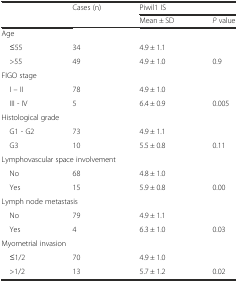
<table><thead><tr><td rowspan="2"></td><td rowspan="2"><b>Cases (n)</b></td><td colspan="2"><b>Piwil1 IS</b></td></tr><tr><td><b>Mean ± SD</b></td><td><b><i>P</i> value</b></td></tr></thead><tbody><tr><td colspan="4">Age</td></tr><tr><td> ≤55</td><td>34</td><td>4.9 ± 1.1</td><td></td></tr><tr><td> &gt;55</td><td>49</td><td>4.9 ± 1.0</td><td>0.9</td></tr><tr><td colspan="4">FIGO stage</td></tr><tr><td> I – II</td><td>78</td><td>4.9 ± 1.0</td><td></td></tr><tr><td> III - IV</td><td>5</td><td>6.4 ± 0.9</td><td>0.005</td></tr><tr><td colspan="4">Histological grade</td></tr><tr><td> G1 - G2</td><td>73</td><td>4.9 ± 1.1</td><td></td></tr><tr><td> G3</td><td>10</td><td>5.5 ± 0.8</td><td>0.11</td></tr><tr><td colspan="4">Lymphovascular space involvement</td></tr><tr><td> No</td><td>68</td><td>4.8 ± 1.0</td><td></td></tr><tr><td> Yes</td><td>15</td><td>5.9 ± 0.8</td><td>0.00</td></tr><tr><td colspan="4">Lymph node metastasis</td></tr><tr><td> No</td><td>79</td><td>4.9 ± 1.1</td><td></td></tr><tr><td> Yes</td><td>4</td><td>6.3 ± 1.0</td><td>0.03</td></tr><tr><td colspan="4">Myometrial invasion</td></tr><tr><td> ≤1/2</td><td>70</td><td>4.9 ± 1.0</td><td></td></tr><tr><td> &gt;1/2</td><td>13</td><td>5.7 ± 1.2</td><td>0.02</td></tr></tbody></table>